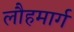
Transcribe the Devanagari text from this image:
लौहमार्ग